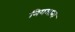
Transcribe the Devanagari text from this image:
नियमाना